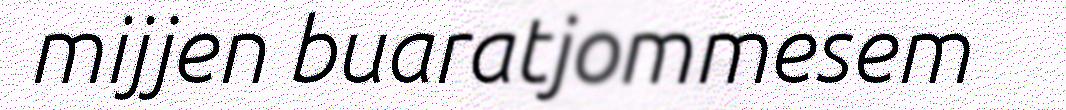
mijjen buaratjommesem